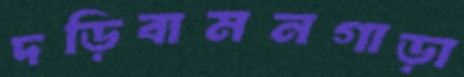
দড়িবামনগাড়া